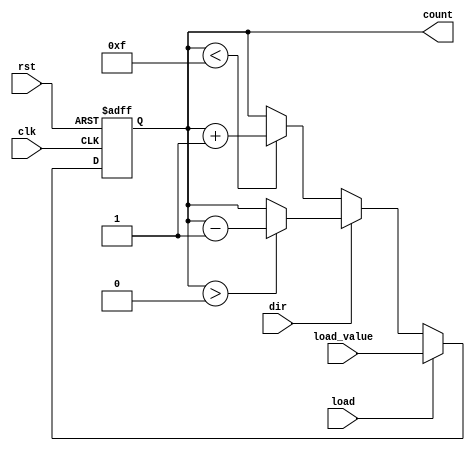
module synchronous_load_counter #(
    parameter N = 4 // Number of bits for the counter
)(
    input wire clk,                // Clock signal
    input wire rst,                // Asynchronous reset
    input wire load,               // Load control signal
    input wire [N-1:0] load_value, // Value to load into the counter
    input wire dir,                // Direction control (0: up, 1: down)
    output reg [N-1:0] count       // Current counter value
);

    // Maximum and minimum values for the counter
    localparam MAX_COUNT = (1 << N) - 1; // 2^N - 1
    localparam MIN_COUNT = 0;

    always @(posedge clk or posedge rst) begin
        if (rst) begin
            // Asynchronous reset
            count <= MIN_COUNT; // Reset counter to 0
        end else if (load) begin
            // Load the specified value into the counter
            count <= load_value;
        end else begin
            // Counting operation
            if (dir == 1'b0) begin
                // Count up
                if (count < MAX_COUNT) begin
                    count <= count + 1;
                end
            end else begin
                // Count down
                if (count > MIN_COUNT) begin
                    count <= count - 1;
                end
            end
        end
    end

endmodule